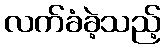
လက်ခံခဲ့သည့်